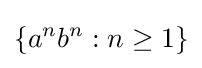
\{a^{n}b^{n}:n\geq 1\}